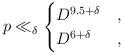
LaTeX: \begin{align*}p \ll_{\delta} \begin{cases}D^{9.5 + \delta} & , \\D^{6+\delta} & , \end{cases}\end{align*}